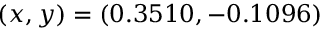
( x , y ) = ( 0 . 3 5 1 0 , - 0 . 1 0 9 6 )